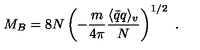
M _ { B } = 8 N \left( - \frac { m } { 4 \pi } \frac { \langle \bar { q } q \rangle _ { v } } { N } \right) ^ { 1 / 2 } \ .